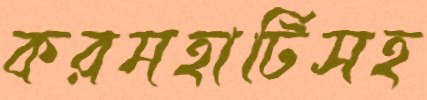
করমহাটিসহ